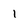
Character: 1